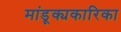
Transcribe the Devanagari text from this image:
मांडूक्यकारिका